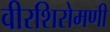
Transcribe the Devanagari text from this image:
वीरशिरोमणी